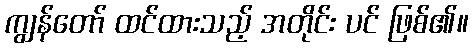
ကျွန်တော် ထင်ထားသည့် အတိုင်း ပင် ဖြစ်၏။